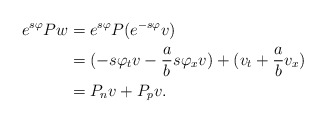
\begin{align*} e^{s\varphi}Pw&=e^{s\varphi}P(e^{-s\varphi}v)\\ &=(-s\varphi_tv-\frac{a}{b}s\varphi_xv)+(v_t+\frac{a}{b}v_x)\\ &=P_nv+P_pv.\end{align*}